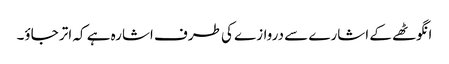
انگوٹھے کے اشارے سے دروازے کی طرف اشارہ ہے کہ اتر جاؤ۔